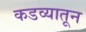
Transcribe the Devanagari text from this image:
कडव्यातून